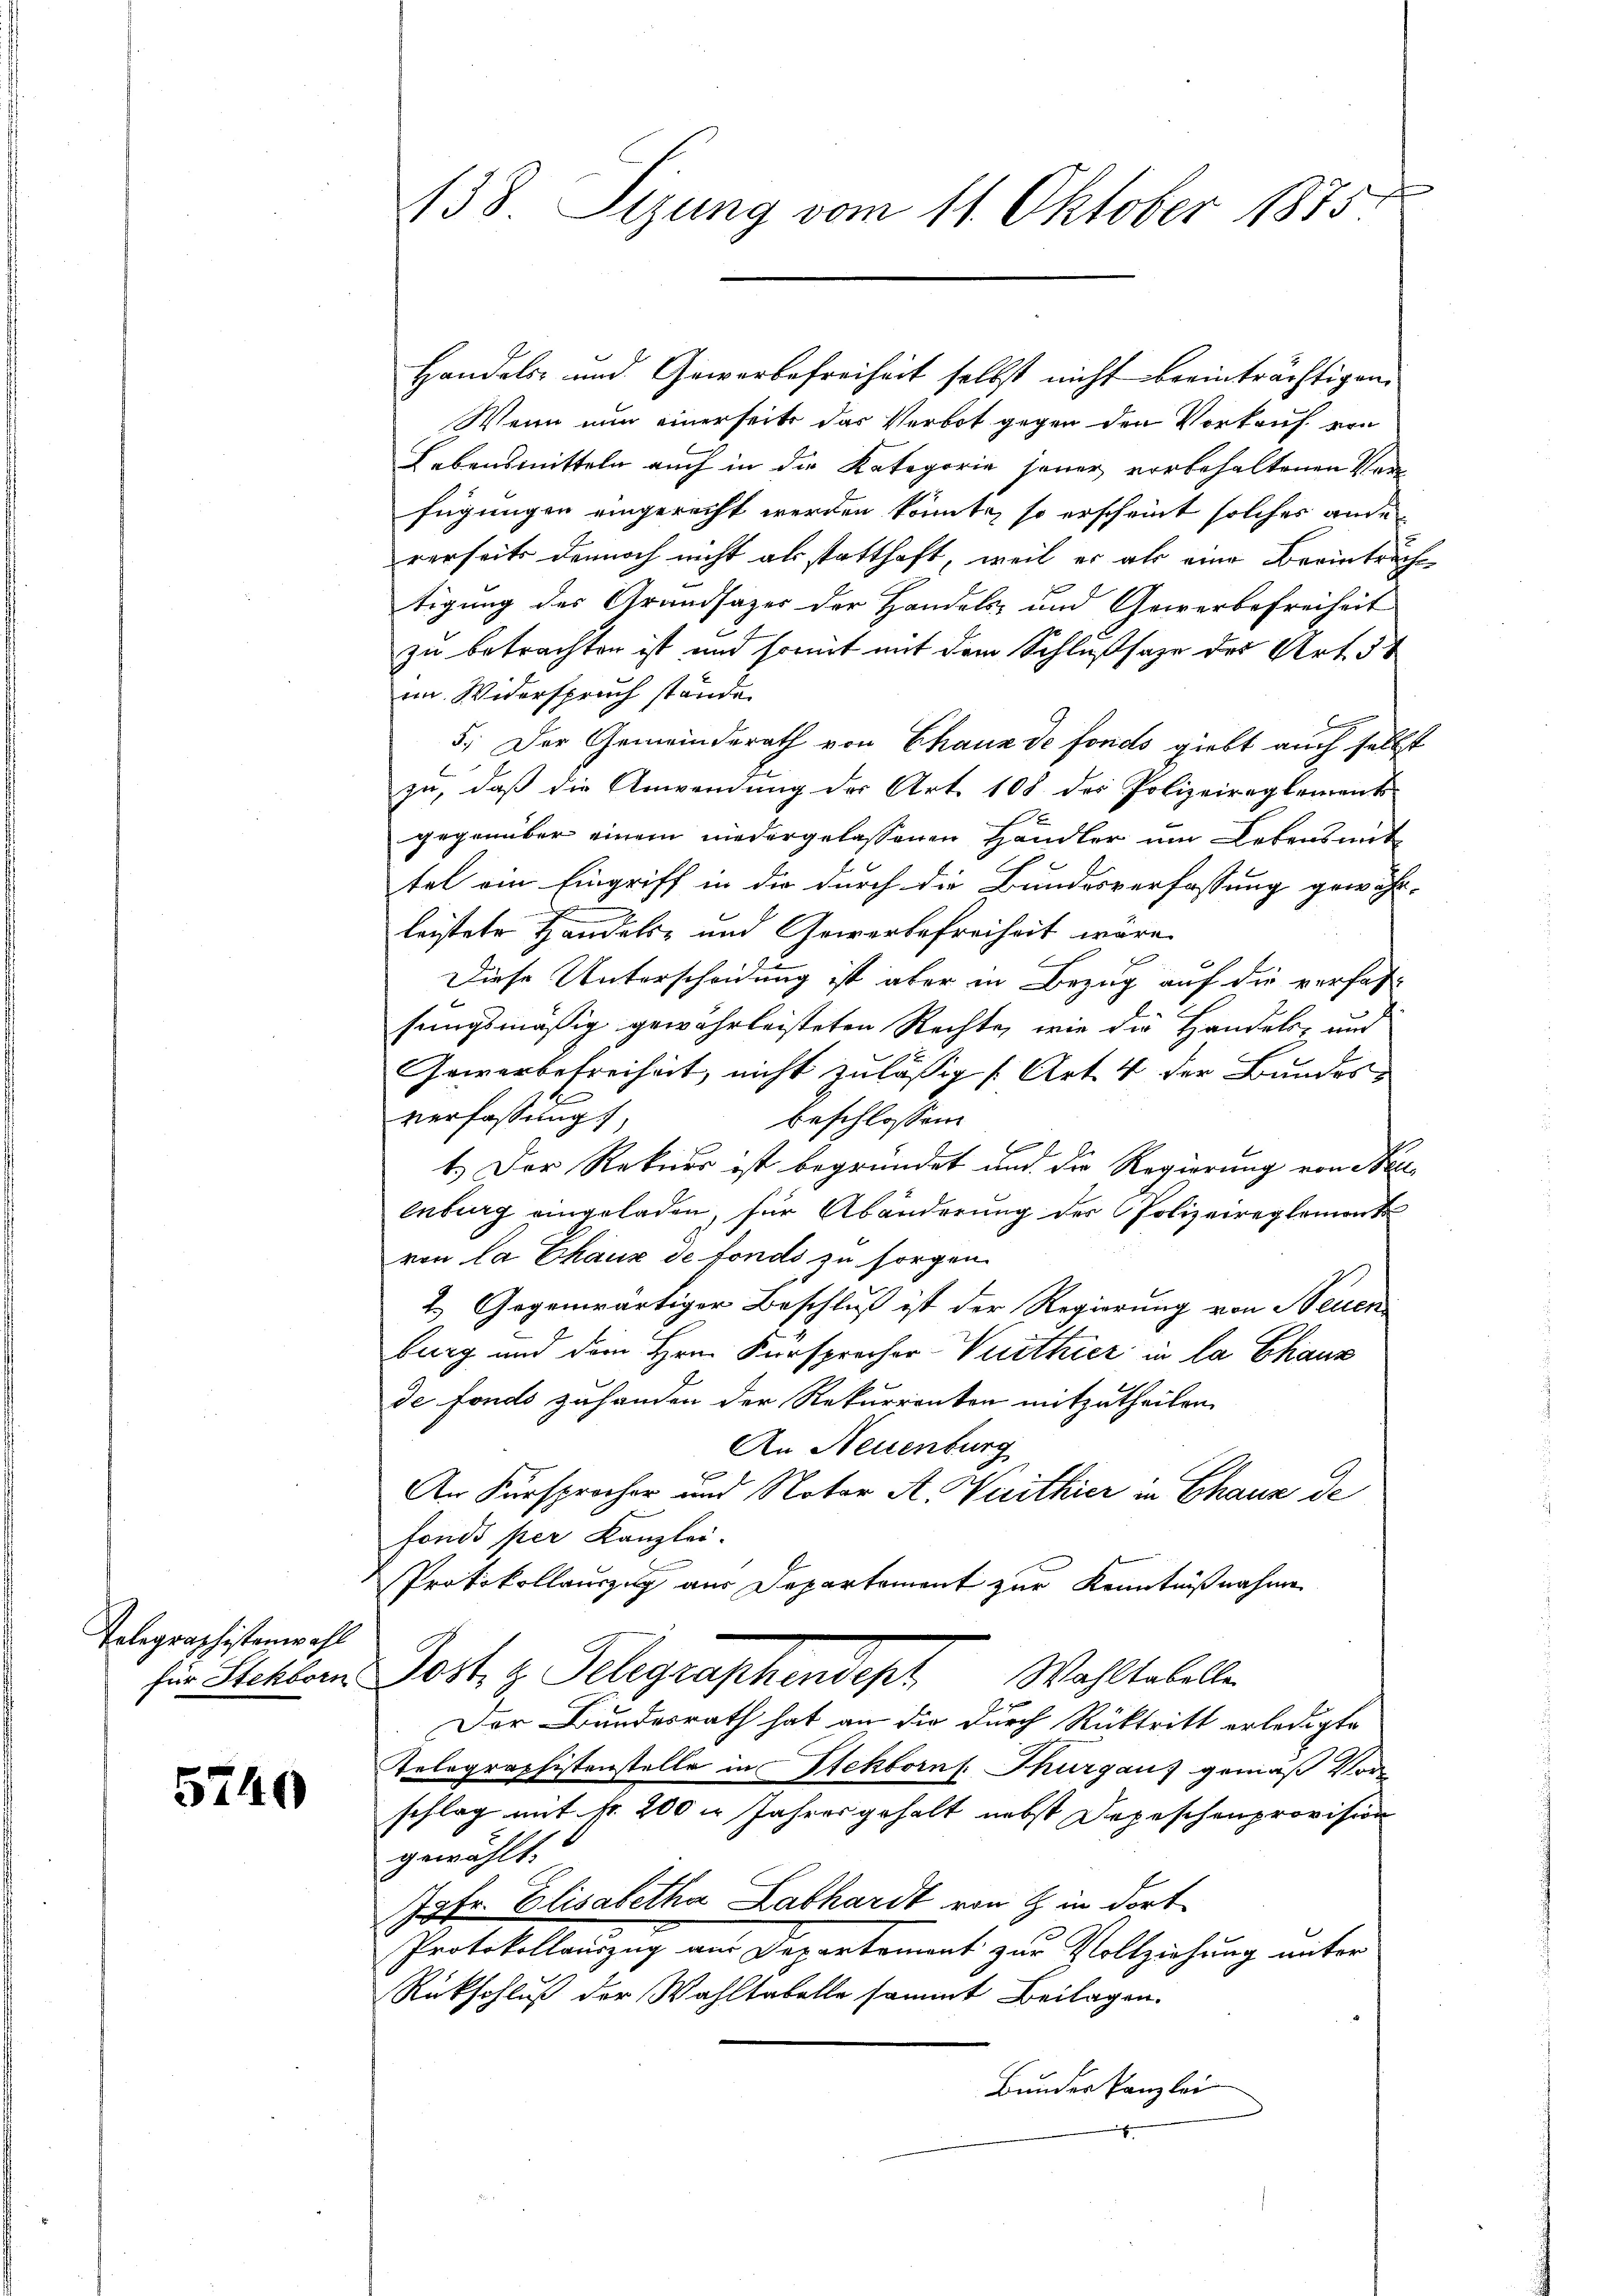
Telegraphistenwahl
für Stekborn.

5740

138. Sizung vom 11. Oktober 1875

Handels- und Gewerbefreiheit selbst nicht beeinträchtigen
Wenn nun einerseits das Verbot gegen den Vorkauf von
Lebensmitteln auch in die Kategorie jener vorbehaltenen Verfügungen eingerecht werden könnte, so erscheint solches ande
rerseits dennoch nicht als statthaft, weil er als eine Beeintrach
tigung des Grundsazes der Handels- und Gewerbefreiheit
zu betrachten ist, und somit mit dem Schlußsage des Art. 34
im Widerspruch stände.
5. Der Gemeinderath von Chaux de fonds giebt auch selbst
zu, daß die Anwendung der Art. 108 des Polizeireglements
gegenüber einem niedergelassenen Händler um Lebensmit
tel ein Eingriff in die durch die Bundesverfassung gewöhn-
leistete Handels- und Gewerbefreiheit wäre.
Diese Unterscheidung ist aber in Bezug auf die verfas-
t
sungsmäßig gewährleisteten Rechte, wie die Handels- und
Gewerbefreiheit, nicht zulässig (Art. 4 der Bundes
t
verfassung,
beschlossen:
6
.
1.) Der Rekurr ist begründet und die Regierung von Neuenberg eingeladen, für Abänderung des Polizeireglement
ven la Chaux de fonds zu sorgen.
2.) Gegenwärtiger Beschluß ist der Regierung von Neuen
burg und dem Hrn. Fürsprecher-Verthier in la Chaux
de fonds zuhanden der Rekurrenten mitzutheilen.
An Neuenburg
An Fürsprocher und Notar A. Wirthier in Chaux de
fonds per Kanzlei.
Protokollauszug aus Departement zur Kenntnißnahme
Jost, z. Gelegenschendigt   Westelle
Der Bundesrath hat an die durch Rücktritt erledigte
Telegraphistenstelle in Stekborn s. Thurgau, gemäß Vor
schlag mit fr. 200 r Jahres gehalt nebst Depeschenprovision
gewählt:
Jgfr. Elisabetha Labhardt von in dort¬
Protokollauszug aus Departement zur Vollziehung unter
Rückschluß der Wahltabelle sammt Beilagen.
Bunder Kanzlei